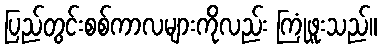
ပြည်တွင်းစစ်ကာလများကိုလည်း ကြုံဖူးသည်။